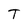
Character: T